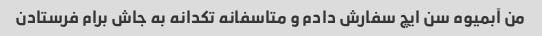
من آبمیوه سن ایچ سفارش دادم و متاسفانه تکدانه به جاش برام فرستادن